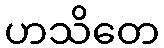
ဟသိတေ